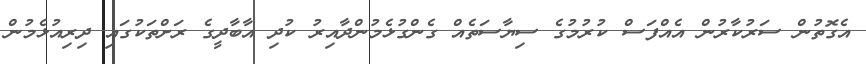
އެގޮތުން ސަރުކާރުން އެއްފަސް ކުރުމުގެ ސިޔާސަތެއް ގެންގުޅެމުންދާއިރު ކުދި އާބާދީގެ ރަށްތަކުގައި ދިރިއުޅެމުން